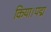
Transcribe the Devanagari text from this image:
किया।पद्म